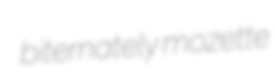
biternately mozette